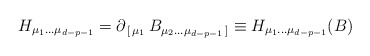
\begin{align*}H_{\mu_1\dots\mu_{d-p-1}}=\partial_{\,[\,\mu_1}\, B_{\mu_2\dots\mu_{d-p-1}\,]}\equiv H_{\mu_1\dots\mu_{d-p-1}}(B)\end{align*}